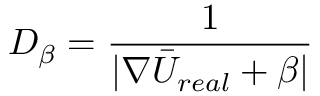
D _ { \beta } = \frac { 1 } { | \nabla \bar { U } _ { r e a l } + \beta | }